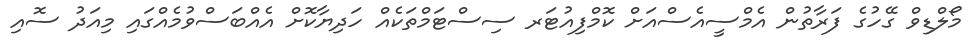
މޯލްޑިވް ގޭހުގެ ފަރާތުން އެމްސީއެސްއަށް ކޮމްފިއުޓަރ ސިސްޓަމްތަކެއް ހަދިޔާކޮށް އެއްބަސްވުމެއްގައި މިއަދު ސޮއި